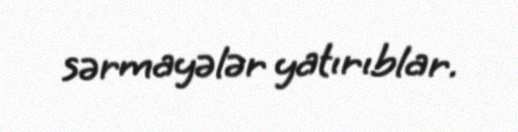
sərmayələr yatırıblar.